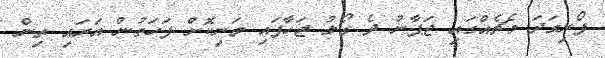
ފޯރިގަދަ މެޗެއްގައި ޖަޕާނު ދެ ގޯލު ޖަހާފައި ވަނިކޮށް ފަހަތުން އަރައި ތިން